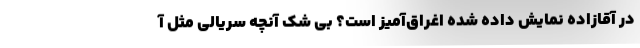
در آقازاده نمایش داده شده اغراق‌آمیز است؟ بی شک آنچه سریالی مثل آ